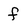
Character: f